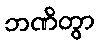
ဘဏိတွာ